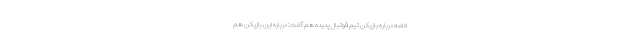
ادامه درباره بازیکن تیم فوتبال پدیده هم گفت: درباره این بازیکن هم